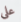
على